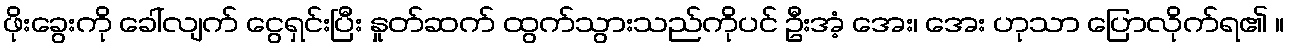
ဖိုးခွေးကို ခေါ်လျက် ငွေရှင်းပြီး နှုတ်ဆက် ထွက်သွားသည်ကိုပင် ဦးအံ့ အေး၊ အေး ဟုသာ ပြောလိုက်ရ၏ ။